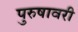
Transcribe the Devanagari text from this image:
पुरुषावरी